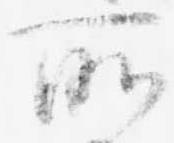
所